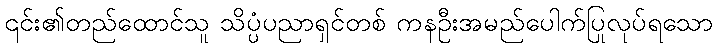
၎င်း၏တည်ထောင်သူ သိပ္ပံပညာရှင်တစ် ကနဦးအမည်ပေါက်ပြုလုပ်ရသော